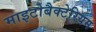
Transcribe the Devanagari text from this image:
माइटोबैक्टेरियम